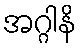
အဂ္ဂါနိ